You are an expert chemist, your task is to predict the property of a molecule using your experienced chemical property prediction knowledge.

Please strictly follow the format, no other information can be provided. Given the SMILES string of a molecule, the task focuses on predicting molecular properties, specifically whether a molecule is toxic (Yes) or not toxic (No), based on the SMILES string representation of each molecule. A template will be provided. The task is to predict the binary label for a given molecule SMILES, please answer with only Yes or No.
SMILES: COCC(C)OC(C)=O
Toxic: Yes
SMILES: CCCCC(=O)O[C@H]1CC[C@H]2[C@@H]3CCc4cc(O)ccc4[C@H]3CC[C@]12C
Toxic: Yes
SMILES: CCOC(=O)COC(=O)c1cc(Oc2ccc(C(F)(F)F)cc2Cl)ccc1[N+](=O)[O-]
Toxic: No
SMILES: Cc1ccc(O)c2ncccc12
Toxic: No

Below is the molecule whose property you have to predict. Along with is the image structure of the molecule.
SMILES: CC[C@H]1OC(=O)C[C@@H](O)[C@H](C)[C@@H](O[C@@H]2O[C@H](C)[C@@H](O)[C@H](N(C)C)[C@H]2O)[C@@H](CCN2C[C@@H](C)C[C@@H](C)C2)C[C@@H](C)C(=O)C=CC(C)=C[C@@H]1CO[C@@H]1O[C@H](C)[C@@H](O)[C@@H](OC)[C@H]1OC
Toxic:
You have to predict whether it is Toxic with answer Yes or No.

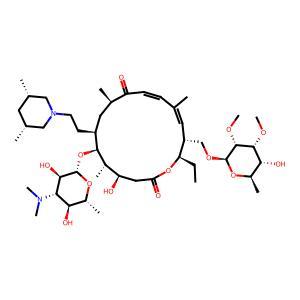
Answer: No